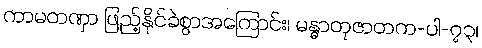
ကာမတဏှာ ဖြည့်နိုင်ခဲစွာအကြောင်း၊ မန္ဓာတုဇာတက-ပါ-၇၃၊